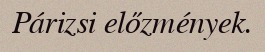
Párizsi előzmények.